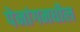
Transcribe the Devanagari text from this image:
पेनांगमधील